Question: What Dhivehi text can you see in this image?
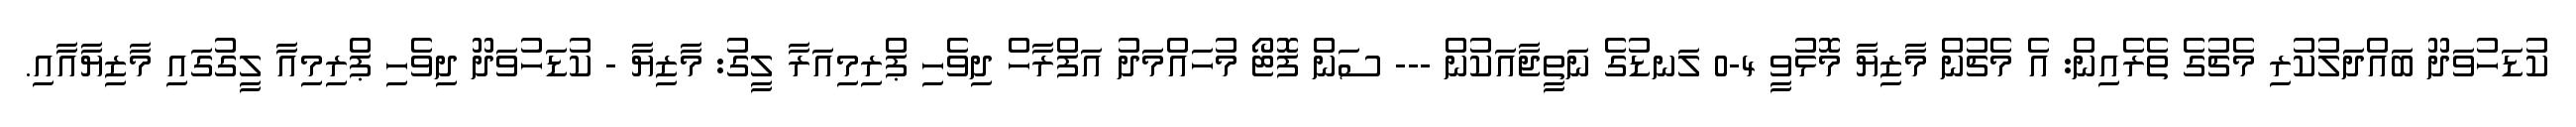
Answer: ކުޑަހުވަދޫ ބައްދަލުކުރި މެޗުގެ ތެރެއިން: އެ މެޗުން މާޒިޔާ މޮޅުވީ 4-0 ލަނޑުގެ ނަތީޖާއަކުން --- ސަން ފޮޓޯ މުހައްމަދު އަފްރާހް ދިވެހި ޕްރިމިއަރާ ލީގު: މާޒިޔާ - ކުޑަހުވަދޫ ދިވެހި ޕްރިމިއާ ލީގުގައި މާޒިޔާއާއި.